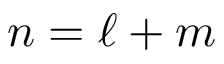
n = \ell + m